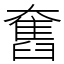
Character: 𡚒